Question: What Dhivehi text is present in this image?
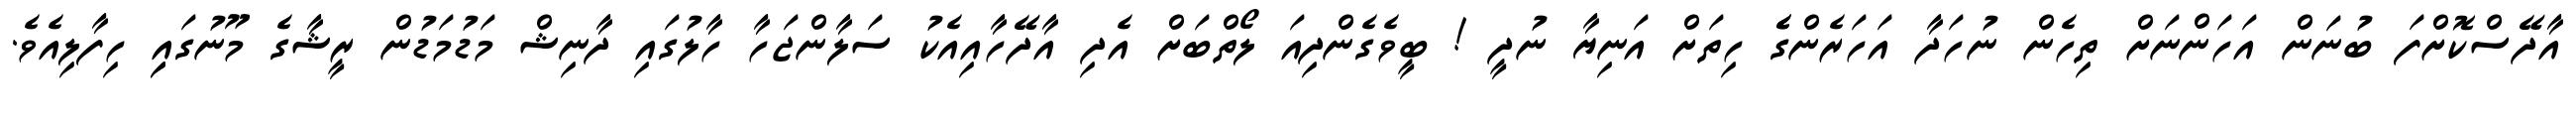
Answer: އާދޭސްކޮށްފަ ބުނަން އަހަންނަށް ތިހެން ނުހަދާ އަހަރެންގެެ ހިތަށް އަނިޔާ ނުދީ ! ބީވެގެންދިއަ ލޯތްބަށް އެދި އާދޭހާއިއެކު ސަލާންޖަހާ ހާލުގައި ދާނިޝް މަޑުމަޑުން ރީޝާގެ މޫނުގައިި ހިފާލިއެވެ.